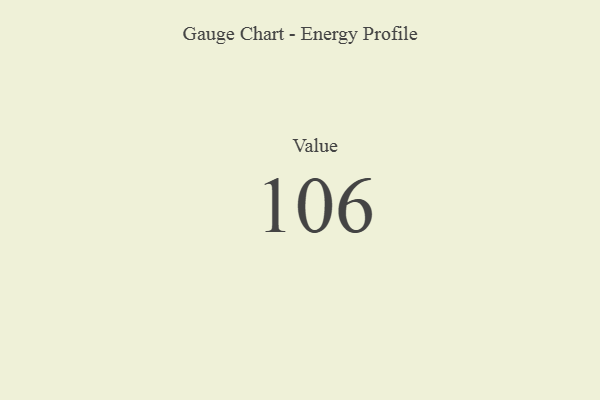
{"axis": {"x": "Metric", "y": "Value"}, "legend": [""], "data": [{"x": "Value", "y": 106, "type": ""}]}